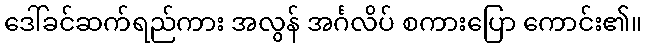
ဒေါ်ခင်ဆက်ရည်ကား အလွန် အင်္ဂလိပ် စကားပြော ကောင်း၏။